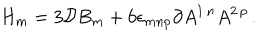
LaTeX: H _ { m } = 3 { \cal D } B _ { m } + 6 \epsilon _ { m n p } \partial A ^ { 1 \, n } A ^ { 2 \, p } \, .